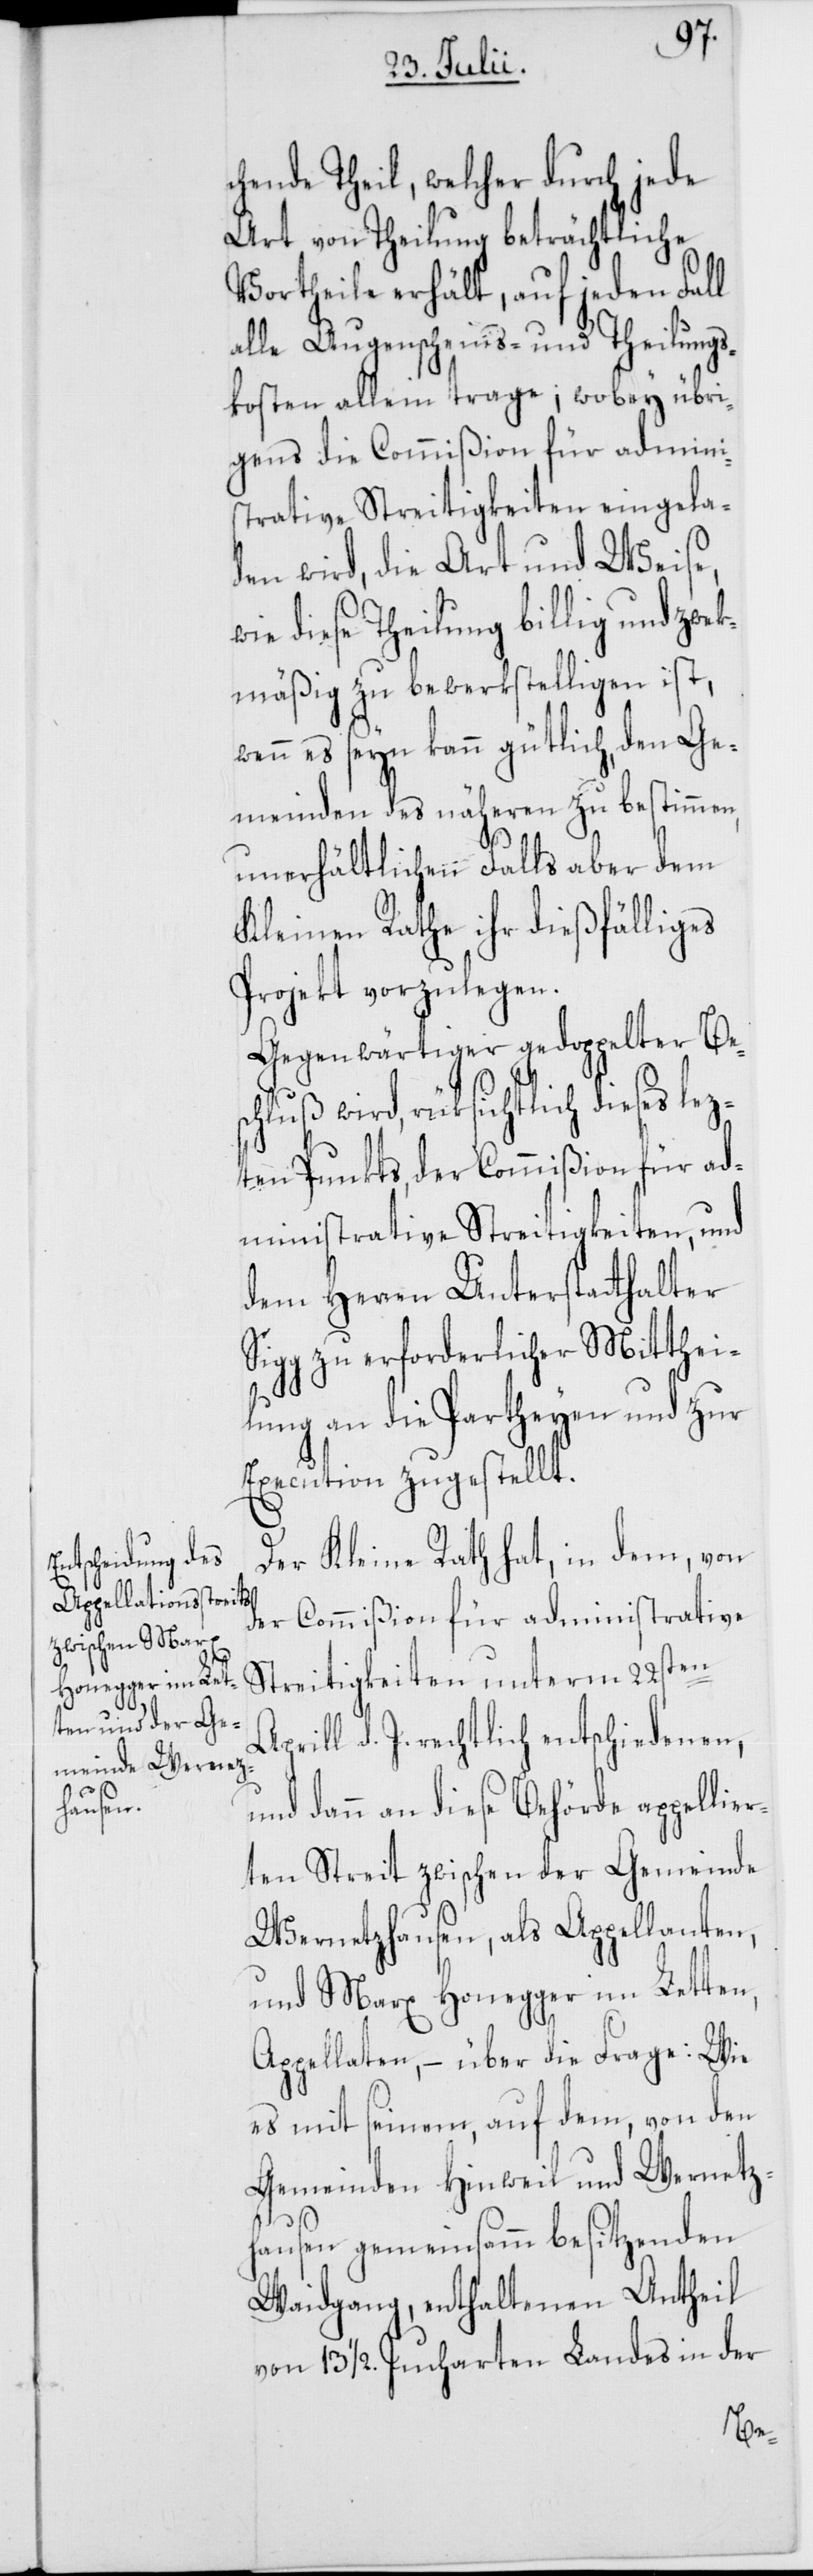
chende Theil, welcher durch jede
Art von Theilung beträchtliche
Vortheile erhält, auf jeden Fall
alle Augenscheins- und Theilungs¬
kosten allein trage; wobey übri¬
gens die Commißion für admini¬
strative Streitigkeiten eingela¬
den wird, die Art und Weise,
wie diese Theilung billig und zwec¬
kmäßig zu bewerkstelligen ist,
wenn es seyn kann gütlich, den Ge¬
meinden des näheren zu bestimmen,
unerhältlichen Falls aber dem
Kleinen Rathe ihr dießfälliges
Projekt vorzulegen.
Gegenwärtiger gedoppelter Bes¬
chluß wird, rüksichtlich dieses lez¬
ten Punkts, der Commißion für ad¬
ministrative Streitigkeiten, und
dem Herren Unterstatthalter
Sigg zu erforderlicher Mitthei¬
lung an die Partheyen und zur
Execution zugestellt.
Der Kleine Rath hat, in dem, von
der Commißion für adminitrative
Streitigkeiten unterm 22sten
prill d. J. rechtlich entschiedenen,
dann an diese Behörde appellie¬
rten Streit zwischen der Gemeinde
Wernetzhausen, als Appellanten,
und Marx Honegger im Letten,
Appellaten, – über die Frage: Wie
es mit seinem, auf dem, von den
Gemeinden Hinweil und Wernetz¬
hausen gemeinsamm besitzenden
Waidgang, enthaltenen Antheil
von 13 1/2. Jucharten Landes in der
A¬